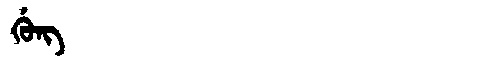
Manchu: ᡤᡠᠩ
Romanization: GUNG